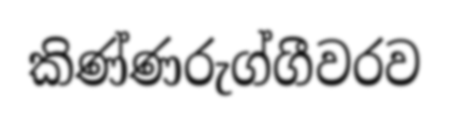
කිණ්ණරුග්ගීවරව